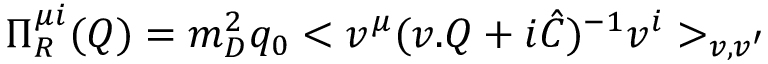
\Pi _ { R } ^ { \mu i } ( Q ) = m _ { D } ^ { 2 } q _ { 0 } < v ^ { \mu } ( v . Q + i \hat { C } ) ^ { - 1 } v ^ { i } > _ { v , v ^ { \prime } }